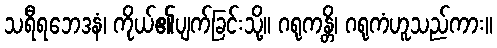
သရီရဘေဒနံ၊ ကိုယ်၏ပျက်ခြင်းသို့။ ဂရုကန္တိ၊ ဂရုကံဟူသည်ကား။